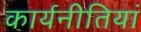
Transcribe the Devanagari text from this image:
कार्यनीतियां